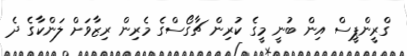
ގްރީންޕީސް އިން ބުނީ މީގެ ކުރިން ޗާގޯސްގެ މެރިން ރިޒާވަށް ލަންކާގެ ދެ